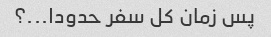
پس زمان کل سفر حدودا...؟